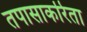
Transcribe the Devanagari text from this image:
तपासाकरिता